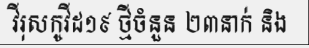
វីរុសកូវីដ១៩ ថ្មីចំនួន ២៣នាក់ និង